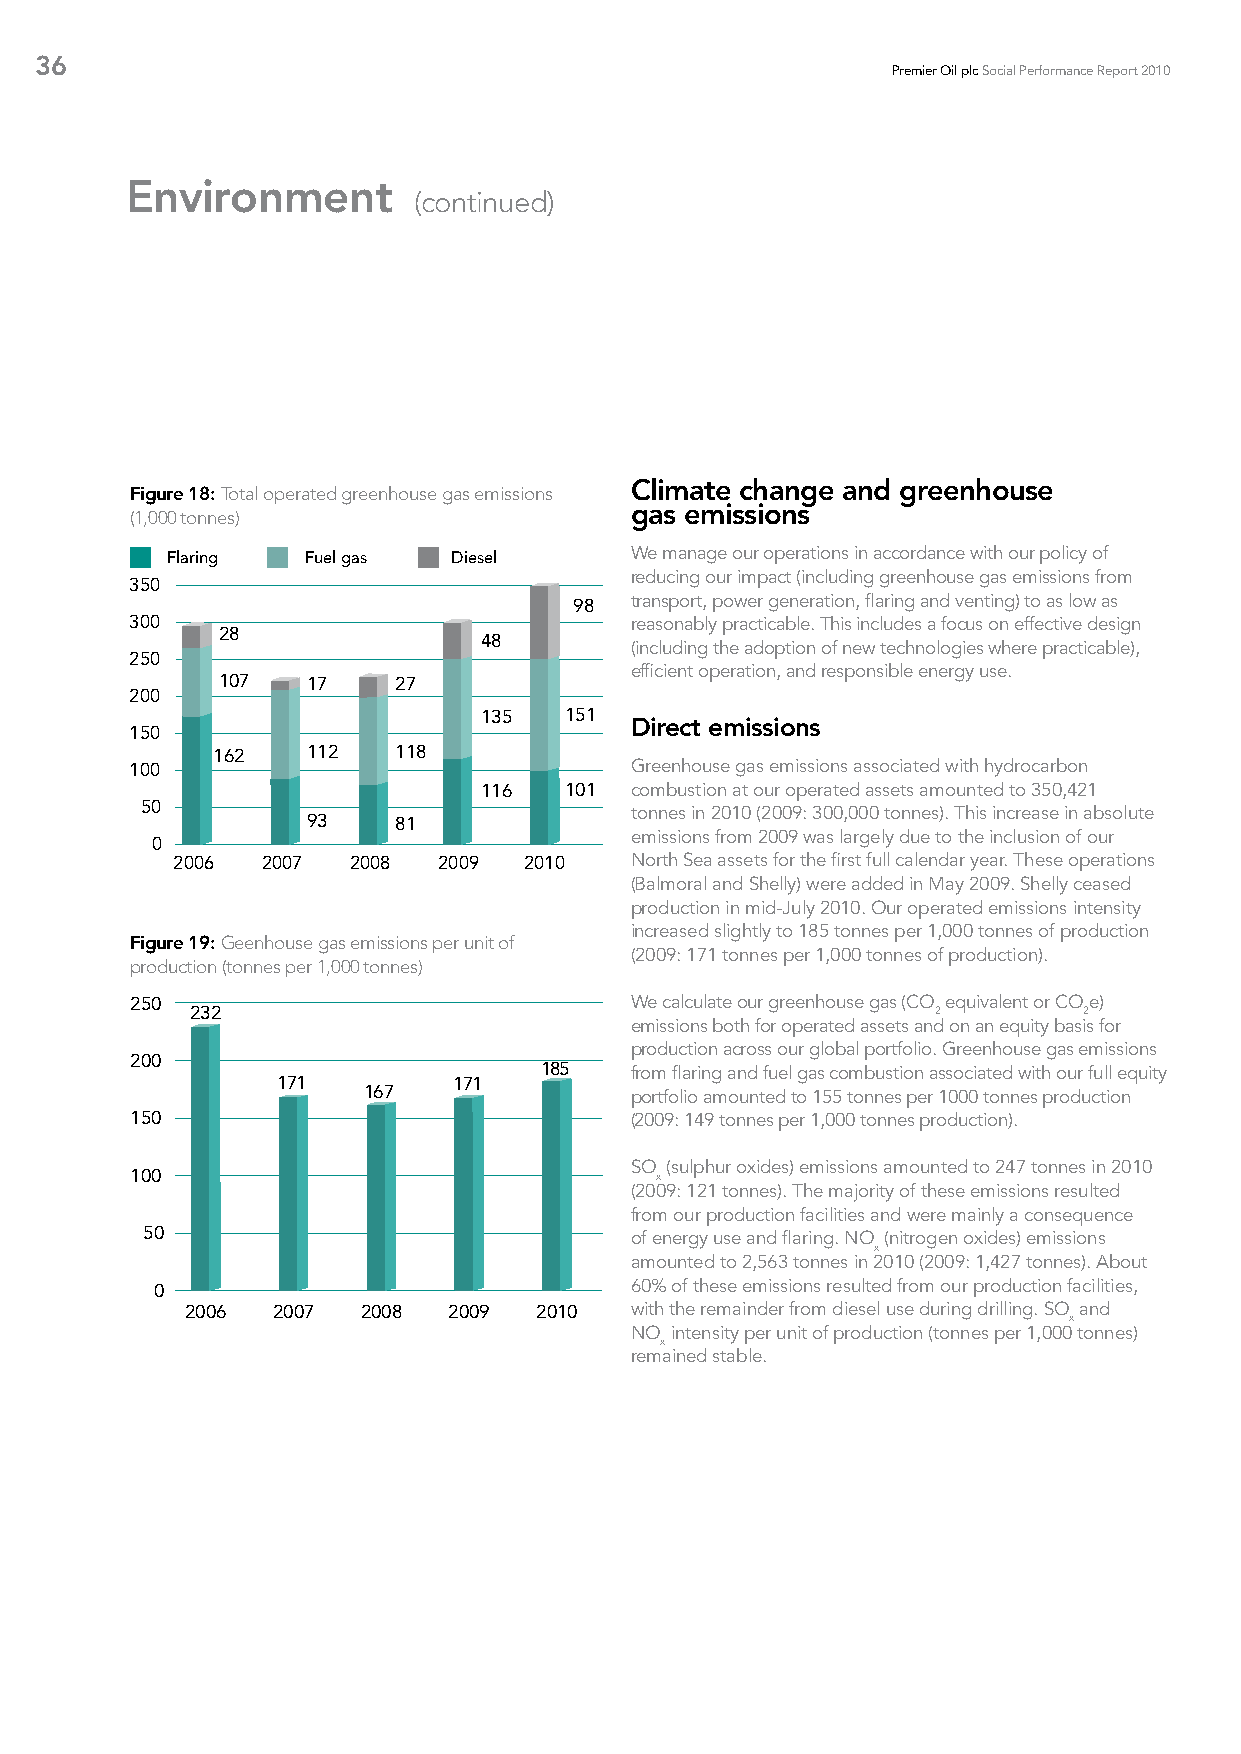
36
 Premier Oil plc Social Performance Report 2010
 Environment
 (continued)
 Climate change and greenhouse
 Figure 18: Total operated greenhouse gas emissions
 gas emissions
 (1,000 tonnes)
 Flaring  Fuel gas  Diesel      We manage our operations in accordance with our policy of
 reducing our impact (including greenhouse gas emissions from
 350
 98  transport, power generation, flaring and venting) to as low as
 300                              reasonably practicable. This includes a focus on effective design
 28
 48
 (including the adoption of new technologies where practicable),
 250
 efficient operation, and responsible energy use.
 107   17    27
 200
 135  151
 Direct emissions
 150
 162   112   118
 100                              Greenhouse gas emissions associated with hydrocarbon
 116  101  combustion at our operated assets amounted to 350,421
 50
 tonnes in 2010 (2009: 300,000 tonnes). This increase in absolute
 93    81
 0                               emissions from 2009 was largely due to the inclusion of our
 2006  2007  2008  2009  2010   North Sea assets for the first full calendar year. These operations
 (Balmoral and Shelly) were added in May 2009. Shelly ceased
 production in mid-July 2010. Our operated emissions intensity
 increased slightly to 185 tonnes per 1,000 tonnes of production
 Figure 19: Geenhouse gas emissions per unit of
 (2009: 171 tonnes per 1,000 tonnes of production).
 production (tonnes per 1,000 tonnes)
 250                              We calculate our greenhouse gas (CO equivalent or COe)
 232                                              2         2
 emissions both for operated assets and on an equity basis for
 production across our global portfolio. Greenhouse gas emissions
 200
 185   from flaring and fuel gas combustion associated with our full equity
 171         171
 167               portfolio amounted to 155 tonnes per 1000 tonnes production
 150                              (2009: 149 tonnes per 1,000 tonnes production).
 SO (sulphur oxides) emissions amounted to 247 tonnes in 2010
 100                               x
 (2009: 121 tonnes). The majority of these emissions resulted
 from our production facilities and were mainly a consequence
 50                               of energy use and flaring. NO (nitrogen oxides) emissions
 x
 amounted to 2,563 tonnes in 2010 (2009: 1,427 tonnes). About
 0                               60% of these emissions resulted from our production facilities,
 2006  2007  2008  2009 2010   with the remainder from diesel use during drilling. SO and
 x
 NO intensity per unit of production (tonnes per 1,000 tonnes)
 x
 remained stable.